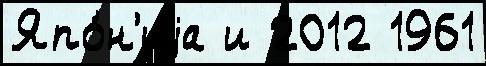
Япо́н'иjа и 2012 1961